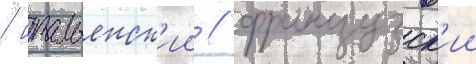
/ итальянск'ии / французск'ии